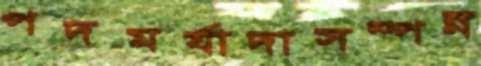
পদমর্যাদাসম্পন্ন